Problem: 77 + 11 = ?
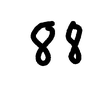
Handwritten answer: 88